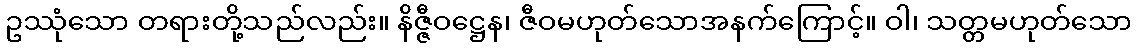
ဥဿုံသော တရားတို့သည်လည်း။ နိဇ္ဇီဝဋ္ဌေန၊ ဇီဝမဟုတ်သောအနက်ကြောင့်။ ဝါ၊ သတ္တမဟုတ်သော